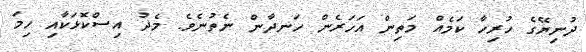
ދުނިޔޭގެ ހުރިހާ ކަމެއް މަތިން އަހަރެން ހަނދާން ނެތުނެވެ. މެދު އިސްކޮޅަކާއި ހިމަ